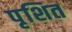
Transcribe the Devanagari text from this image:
पृशित